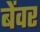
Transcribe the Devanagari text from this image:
बेंवर